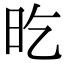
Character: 㫓